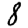
Digit: 8